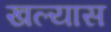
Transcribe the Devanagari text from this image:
खल्यास